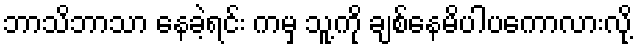
ဘာသိဘာသာ နေခဲ့ရင်း ကမှ သူ့ကို ချစ်နေမိပါပကောလားလို့